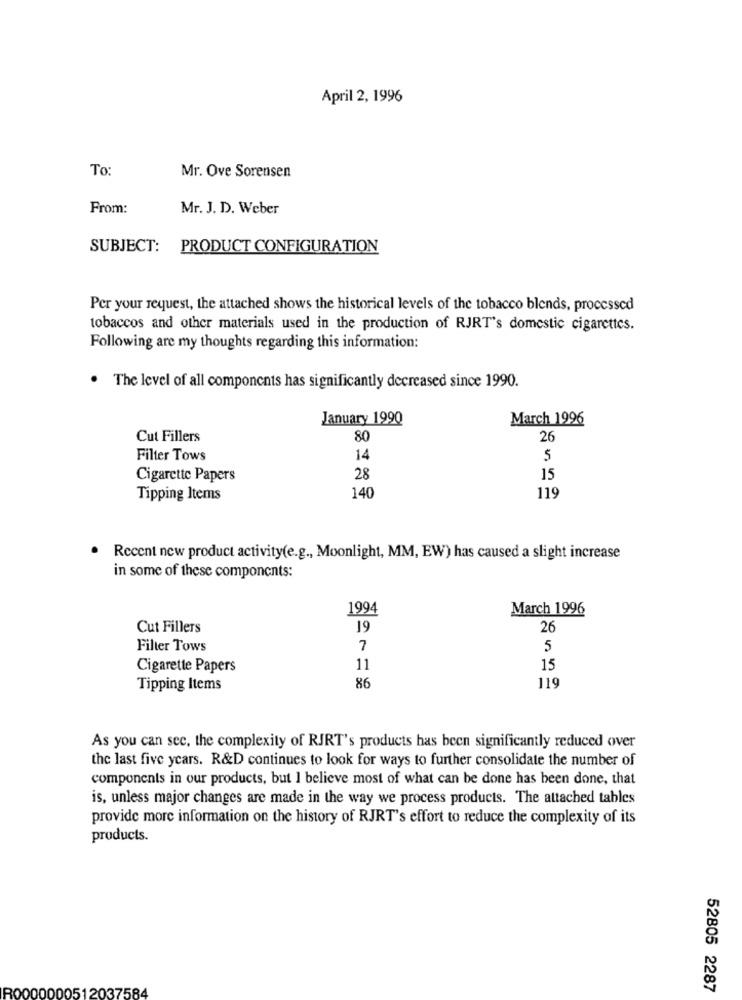
April 2, 1996
To:
Mr. Ove Sorensen
From:
Mr. J. D. Weber
SUBJECT:
PRODUCT CONFIGURATION
Per your request, the attached shows the historical levels of the tobacco blends, processed
tobaccos and other materials used in the production of RJRT's domestic cigarettes.
Following are my thoughts regarding this information:
.
The level of all components has significantly decreased since 1990.
January 1990
March 1996
Cut Fillers
80
26
Filter Tows
14
5
Cigarette Papers
28
15
119
Tipping Items
140
Recent new product activity(e.g ., Moonlight, MM, EW) has caused a slight increase
in some of these components:
1994
March 1996
Cut Fillers
19
26
Filter Tows
7
5
Cigarette Papers
11
15
Tipping Items
86
119
As you can see, the complexity of RJRT's products has been significantly reduced over
the last five years. R&D continues to look for ways to further consolidate the number of
components in our products, but I believe most of what can be done has been done, that
is, unless major changes are made in the way we process products. The attached tables
provide more information on the history of RJRT's effort to reduce the complexity of its
products.
R0000000512037584
52805 2287